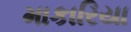
માકારિયા